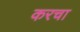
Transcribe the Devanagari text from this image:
करचा